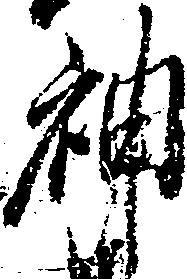
神